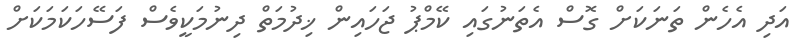
އަދި އެހެން ތަނަކަށް ގޮސް އެތަނުގައި ކޭމްޕު ޖަހައިން ޚިދުމަތް ދިނުމަކީވެސް ފަސޭހަކަމަކަށް